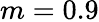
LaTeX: m=0.9